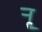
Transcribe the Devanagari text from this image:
र्‍ाॣ